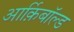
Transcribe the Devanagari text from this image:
आर्क़िबाॅल्ड